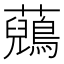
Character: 𧄷